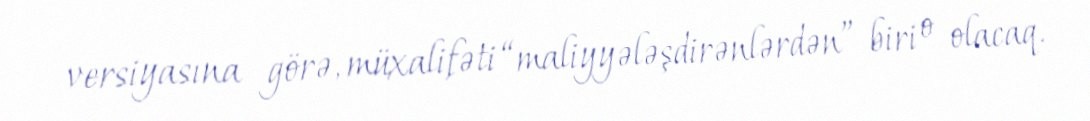
versiyasına görə, müxalifəti “maliyyələşdirənlərdən” biri o olacaq.